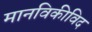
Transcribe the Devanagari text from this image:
मानविकीविद